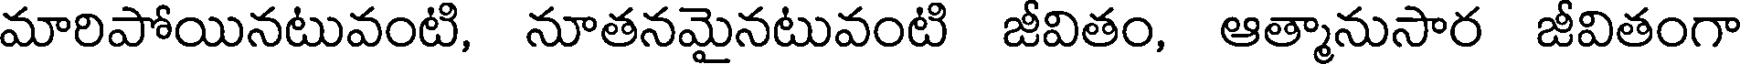
మారిపోయినటువంటి, నూతనమైనటువంటి జీవితం, ఆత్మానుసార జీవితంగా